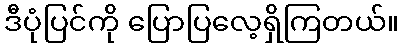
ဒီပုံပြင်ကို ပြောပြလေ့ရှိကြတယ်။